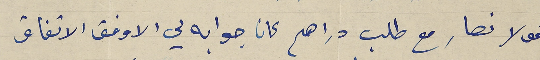
نقولا نصار مع طلب دراهم كان جوابه لي الاوفق الاتفاق